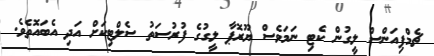
ޗެމްޕިއަންސް ލީގުން ކެޓި ނަމަވެސް ޔޫރޮޕާ ލީގުގެ ފުރުސަތު ސެލްޓިކަށް އަދި އެބައޮތެވެ.